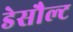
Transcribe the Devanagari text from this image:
डेसौल्ट